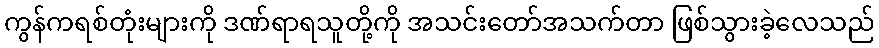
ကွန်ကရစ်တုံးများကို ဒဏ်ရာရသူတို့ကို အသင်းတော်အသက်တာ ဖြစ်သွားခဲ့လေသည်